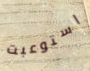
استوعبت